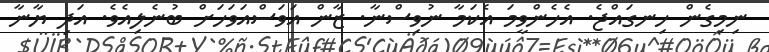
ނިމިގެން ހިނގައްޖެ. އެހެންވީމަ އެކަމާ ނުވިސްނާ. ޒާން އަވަސްއަވަހަށް ބުނެލިއެވެ. އަދި ޔާނާ